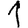
Digit: 1